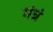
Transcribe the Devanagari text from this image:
मंत्रं